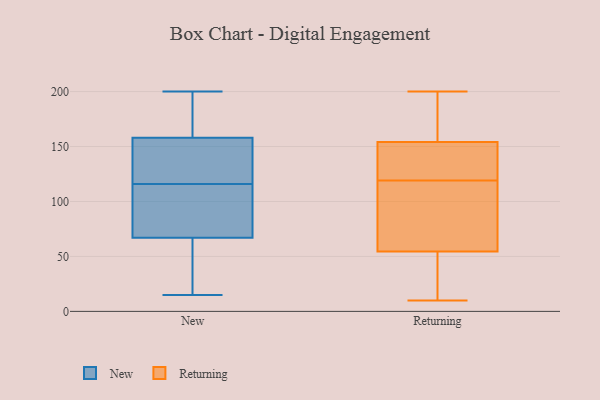
{"axis": {"x": "Inventory Turnover", "y": "Value"}, "legend": ["New", "Returning"], "data": [{"x": "", "y": 190, "type": "New"}, {"x": "", "y": 126, "type": "New"}, {"x": "", "y": 144, "type": "New"}, {"x": "", "y": 41, "type": "New"}, {"x": "", "y": 65, "type": "New"}, {"x": "", "y": 122, "type": "New"}, {"x": "", "y": 101, "type": "New"}, {"x": "", "y": 133, "type": "New"}, {"x": "", "y": 97, "type": "New"}, {"x": "", "y": 131, "type": "New"}, {"x": "", "y": 172, "type": "New"}, {"x": "", "y": 46, "type": "New"}, {"x": "", "y": 47, "type": "New"}, {"x": "", "y": 185, "type": "New"}, {"x": "", "y": 200, "type": "New"}, {"x": "", "y": 110, "type": "New"}, {"x": "", "y": 15, "type": "New"}, {"x": "", "y": 69, "type": "New"}, {"x": "", "y": 185, "type": "New"}, {"x": "", "y": 74, "type": "New"}, {"x": "", "y": 10, "type": "Returning"}, {"x": "", "y": 119, "type": "Returning"}, {"x": "", "y": 164, "type": "Returning"}, {"x": "", "y": 62, "type": "Returning"}, {"x": "", "y": 76, "type": "Returning"}, {"x": "", "y": 107, "type": "Returning"}, {"x": "", "y": 128, "type": "Returning"}, {"x": "", "y": 32, "type": "Returning"}, {"x": "", "y": 32, "type": "Returning"}, {"x": "", "y": 183, "type": "Returning"}, {"x": "", "y": 200, "type": "Returning"}, {"x": "", "y": 151, "type": "Returning"}, {"x": "", "y": 126, "type": "Returning"}]}